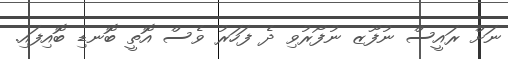
ނަށް ރައީސް ނުފޫޒ ނުފޯރުވި ދެ ފަހަރު ވެސް އޮތީ ބޮނޑި ބޮއިފައި.